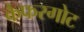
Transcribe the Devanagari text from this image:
कैफरगोट